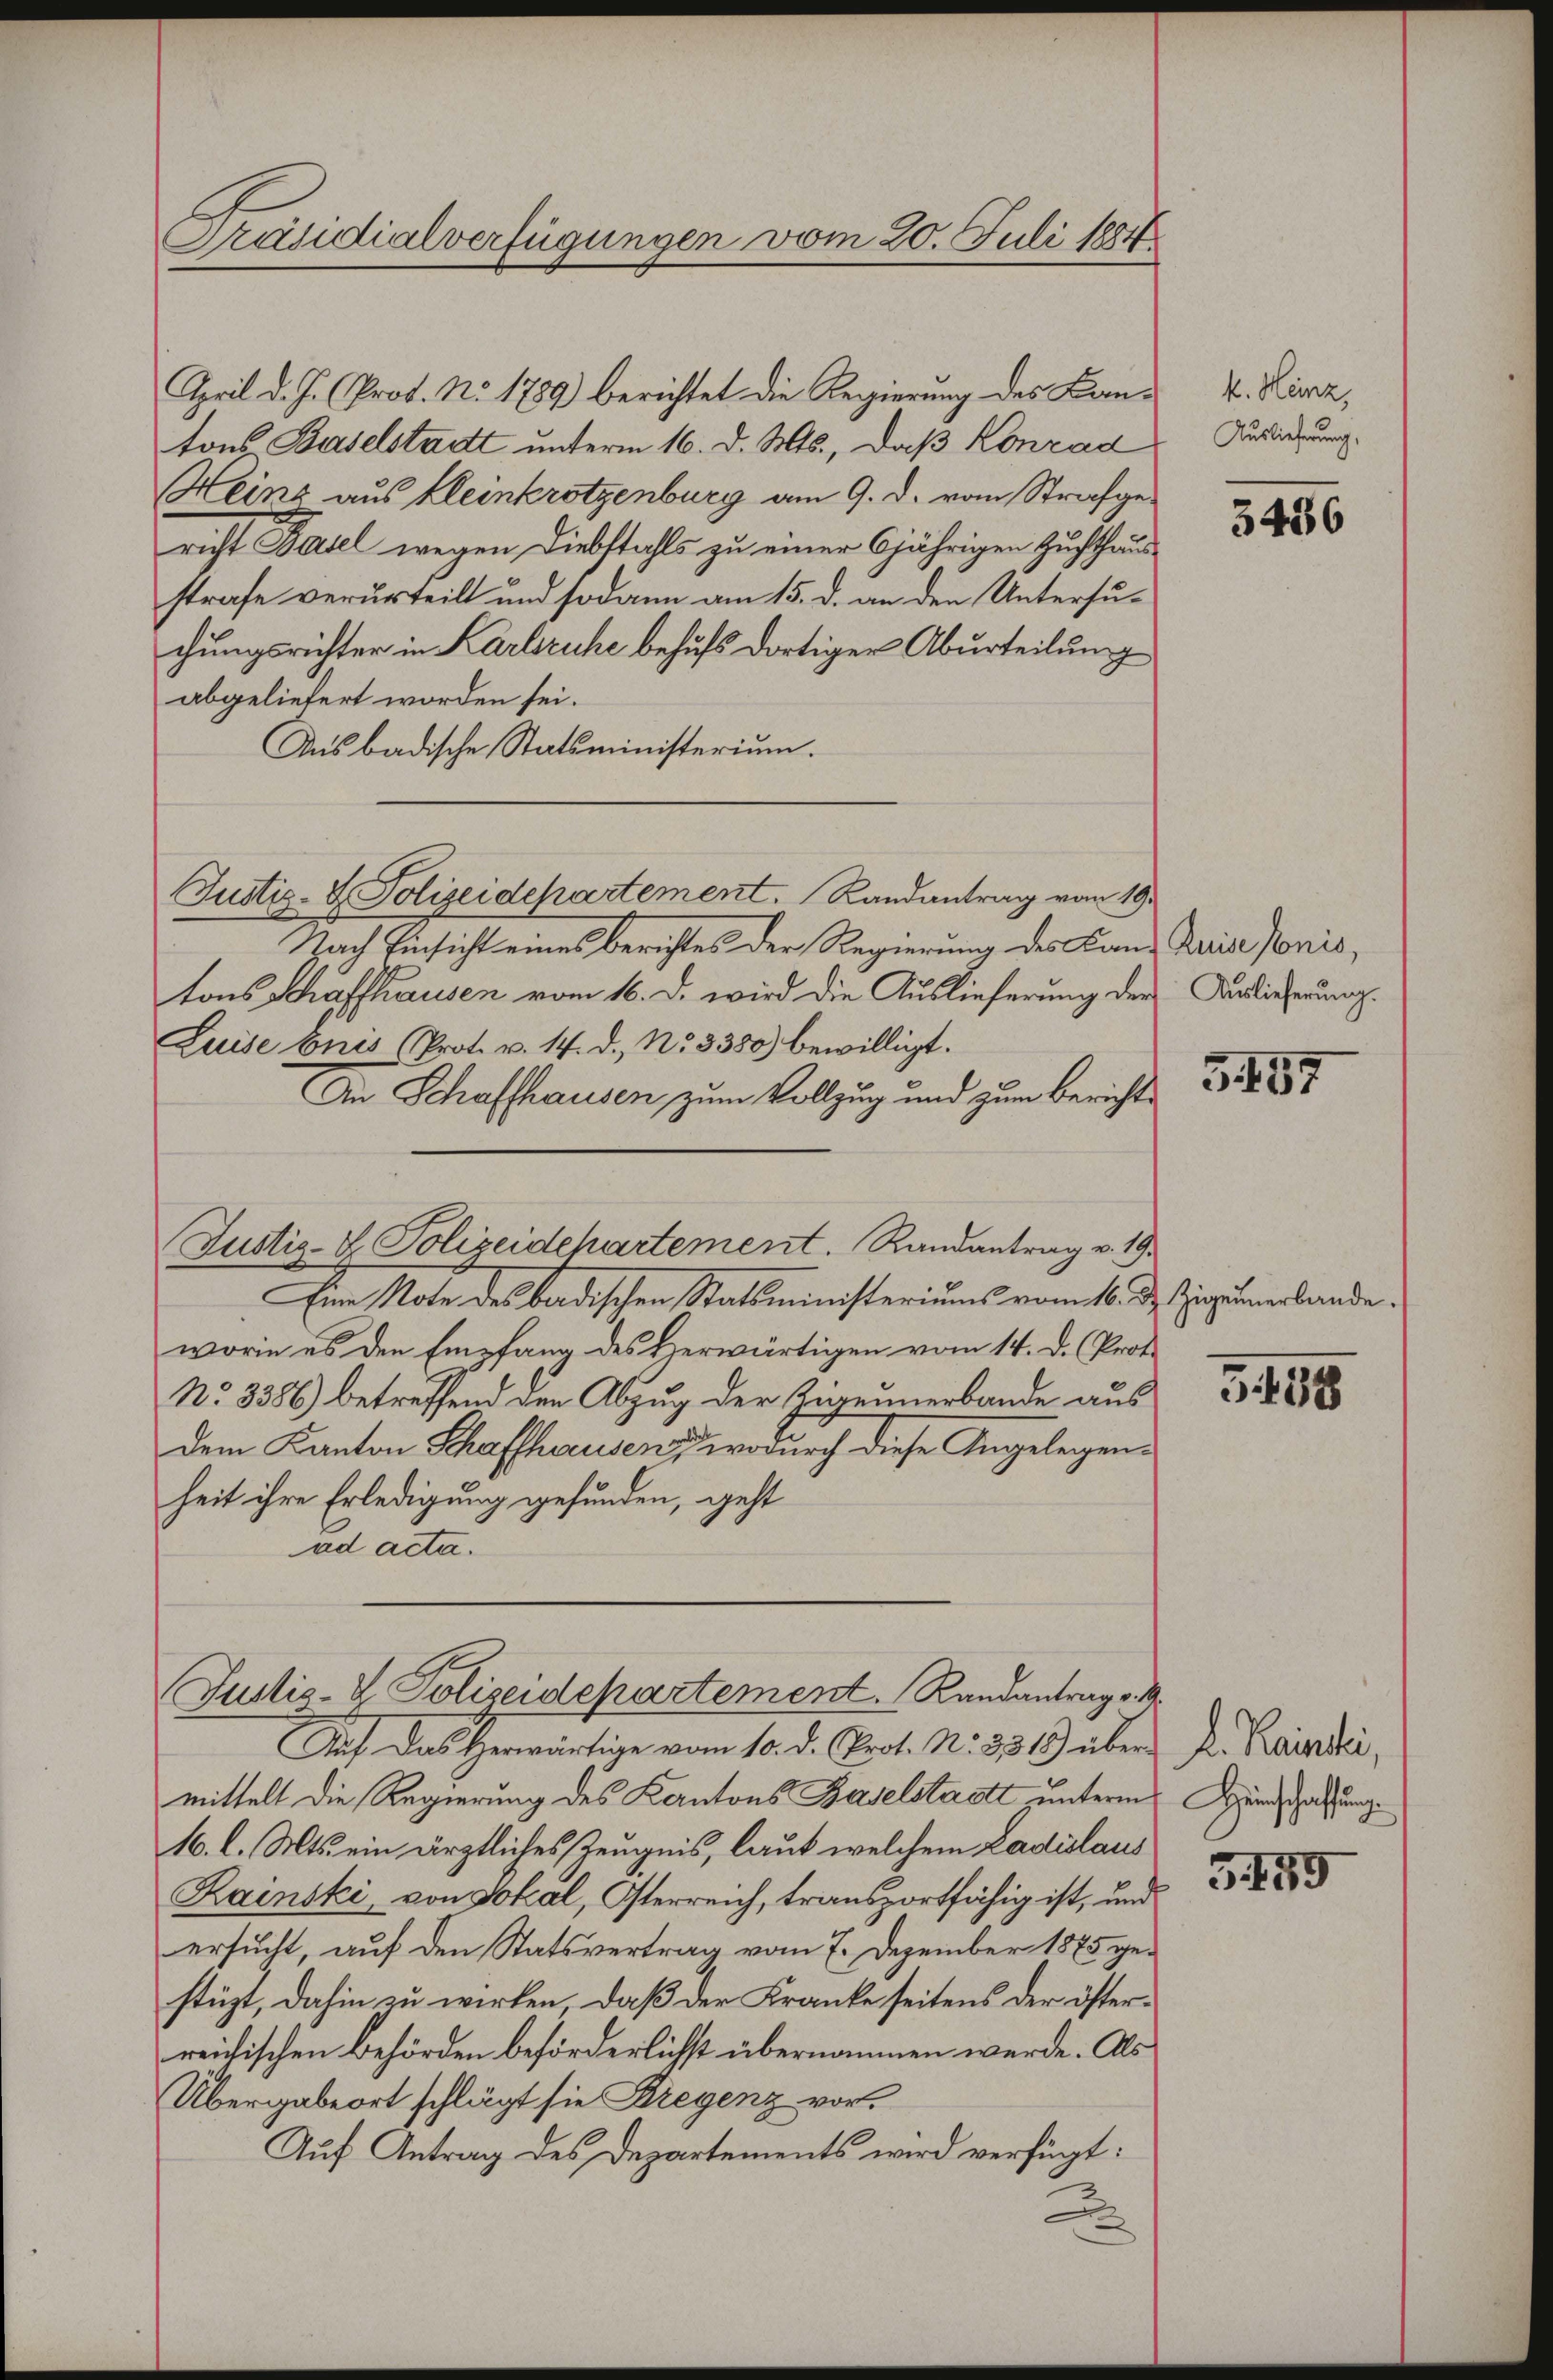
Präsidialverfügungen vom 20. Juli 1884.

April d. J. (Prot. No. 1789) berichtet die Regierung des Kantons Baselstadt unterm 16. d. Mts., daß Konrad
Heinz aus kleinkrotzenburg am 9. d. vom Strafgericht Paul wegen Diebstahls zu einer 6jährigen Zuchthausstrafe verurteilt und sodann am 15. d. an den Untersuchungsrichter in Karlsruhe behufs dortiger Aburteilung
abgeliefert worden sei.
Aus badische Statsministerium.
Justiz- & Polizeidepartement. Randantrag von 19.
Nach Einsicht eines Berichtes der Regierung des Lanz Keise Ponis,
tons Schaffhausen vom 16. d. wird die Auslieferung der Auslieferung.
Luise bris (Prot. v. 14. d. No 3380) bewilligt.
An Schaffhausen zum Vollzug und zum Bericht¬
Justiz- & Polizeidepartement. Randantrag v. 19.
Eine Note des badischen Statsministeriums vom 16. d. Zigeunerbande.
worin es den Empfang des Herwärtigen vom 14. D. Prof.
No 3386) betreffend den Abzug der Zigeunerbande aus
dem Kanton Schaffhausen, wodurch diese Angelegenheit ihre Erledigung gefunden, geht
ad acta.

Justiz- & Polizeidepartement. Randantrag v. M.

Auf das Herwärtige vom 10. d. Prot. No. 331 über
mittelt die Regierung des Kantons Baselstadtt unterm
16. l. Mts. ein ärztliches Zeugnis, laut welchem Ladislaus
Rainski, von Lokal, Österreich, transportfähig ist, und
ersucht, auf den Statsvertrag vom 7. Dezember 1875 gestüzt, dahin zu wirken. Daß der Kranke seitens der österreichischen Behörden beförderlichst übernommen werde. Als
Übergabeort schlägt sie Kregenz vor¬
Auf Antrag des Departements wird verfügt:

k. Heinz
Auslieferung,

3486

3457

3448

D. Reinhei
Hirnschaffung

5159